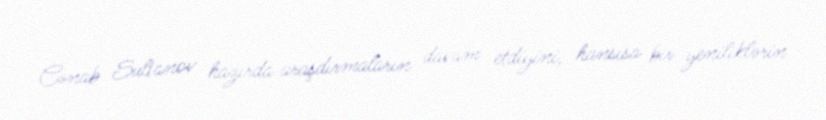
Cənab Sultanov hazırda araşdırmaların davam etdiyini, hansısa bir yeniliklərin